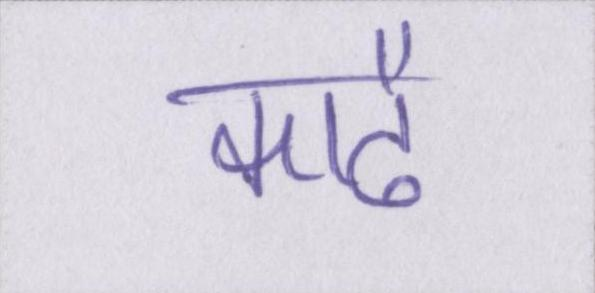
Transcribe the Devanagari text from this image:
काढै